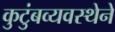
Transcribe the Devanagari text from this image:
कुटुंबव्यवस्थेने